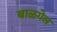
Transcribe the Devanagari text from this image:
बाळगेल